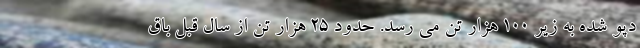
دپو شده به زیر ۱۰۰ هزار تن می رسد. حدود ۲۵ هزار تن از سال قبل باق